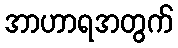
အာဟာရအတွက်